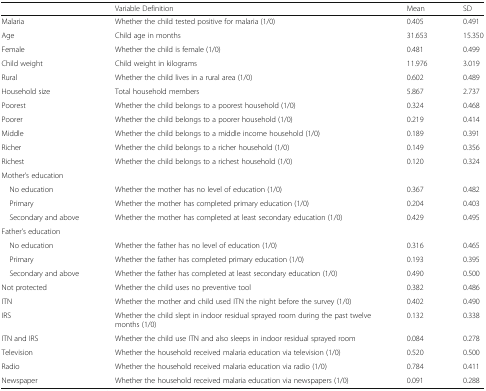
<table><thead><tr><td></td><td><b>Variable Definition</b></td><td><b>Mean</b></td><td><b>SD</b></td></tr></thead><tbody><tr><td>Malaria</td><td>Whether the child tested positive for malaria (1/0)</td><td>0.405</td><td>0.491</td></tr><tr><td>Age</td><td>Child age in months</td><td>31.653</td><td>15.350</td></tr><tr><td>Female</td><td>Whether the child is female (1/0)</td><td>0.481</td><td>0.499</td></tr><tr><td>Child weight</td><td>Child weight in kilograms</td><td>11.976</td><td>3.019</td></tr><tr><td>Rural</td><td>Whether the child lives in a rural area (1/0)</td><td>0.602</td><td>0.489</td></tr><tr><td>Household size</td><td>Total household members</td><td>5.867</td><td>2.737</td></tr><tr><td>Poorest</td><td>Whether the child belongs to a poorest household (1/0)</td><td>0.324</td><td>0.468</td></tr><tr><td>Poorer</td><td>Whether the child belongs to a poorer household (1/0)</td><td>0.219</td><td>0.414</td></tr><tr><td>Middle</td><td>Whether the child belongs to a middle income household (1/0)</td><td>0.189</td><td>0.391</td></tr><tr><td>Richer</td><td>Whether the child belongs to a richer household (1/0)</td><td>0.149</td><td>0.356</td></tr><tr><td>Richest</td><td>Whether the child belongs to a richest household (1/0)</td><td>0.120</td><td>0.324</td></tr><tr><td colspan="4">Mother’s education</td></tr><tr><td> No education</td><td>Whether the mother has no level of education (1/0)</td><td>0.367</td><td>0.482</td></tr><tr><td> Primary</td><td>Whether the mother has completed primary education (1/0)</td><td>0.204</td><td>0.403</td></tr><tr><td> Secondary and above</td><td>Whether the mother has completed at least secondary education (1/0)</td><td>0.429</td><td>0.495</td></tr><tr><td colspan="4">Father’s education</td></tr><tr><td> No education</td><td>Whether the father has no level of education (1/0)</td><td>0.316</td><td>0.465</td></tr><tr><td> Primary</td><td>Whether the father has completed primary education (1/0)</td><td>0.193</td><td>0.395</td></tr><tr><td> Secondary and above</td><td>Whether the father has completed at least secondary education (1/0)</td><td>0.490</td><td>0.500</td></tr><tr><td>Not protected</td><td>Whether the child uses no preventive tool</td><td>0.382</td><td>0.486</td></tr><tr><td>ITN</td><td>Whether the mother and child used ITN the night before the survey (1/0)</td><td>0.402</td><td>0.490</td></tr><tr><td>IRS</td><td>Whether the child slept in indoor residual sprayed room during the past twelve months (1/0)</td><td>0.132</td><td>0.338</td></tr><tr><td>ITN and IRS</td><td>Whether the child use ITN and also sleeps in indoor residual sprayed room</td><td>0.084</td><td>0.278</td></tr><tr><td>Television</td><td>Whether the household received malaria education via television (1/0)</td><td>0.520</td><td>0.500</td></tr><tr><td>Radio</td><td>Whether the household received malaria education via radio (1/0)</td><td>0.784</td><td>0.411</td></tr><tr><td>Newspaper</td><td>Whether the household received malaria education via newspapers (1/0)</td><td>0.091</td><td>0.288</td></tr></tbody></table>